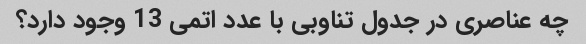
چه عناصری در جدول تناوبی با عدد اتمی 13 وجود دارد؟